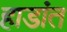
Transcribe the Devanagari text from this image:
हाडांत